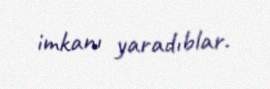
imkanı yaradıblar.